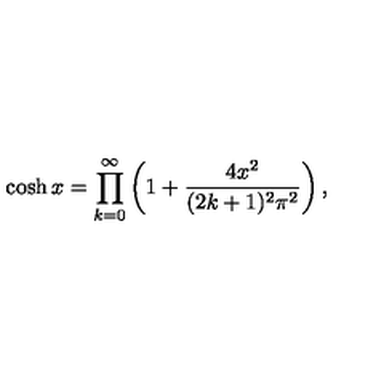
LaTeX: \cosh x = \prod _ { k = 0 } ^ { \infty } \left( 1 + \frac { 4 x ^ { 2 } } { ( 2 k + 1 ) ^ { 2 } \pi ^ { 2 } } \right) ,